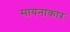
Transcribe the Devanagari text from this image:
सायनाकार